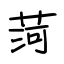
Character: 菏